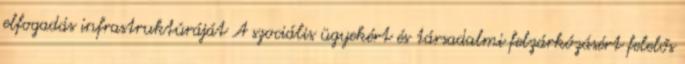
elfogadás infrastruktúráját A szociális ügyekért és társadalmi felzárkózásért felelős